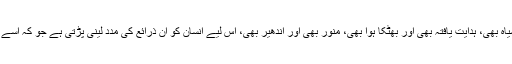
دل سفید بھی ہو سکتا ہے اور سیاہ بھی، ہدایت یافتہ بھی اور بھٹکا ہوا بھی، منور بھی اور اندھیر بھی، اس لیے انسان کو ان ذرائع کی مدد لینی پڑتی ہے جو کہ اسے دل کا جائزہ لینے میں مدد دیں۔